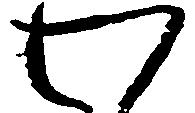
わ